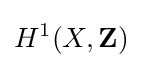
H^{1}(X,\mathbf {Z} )